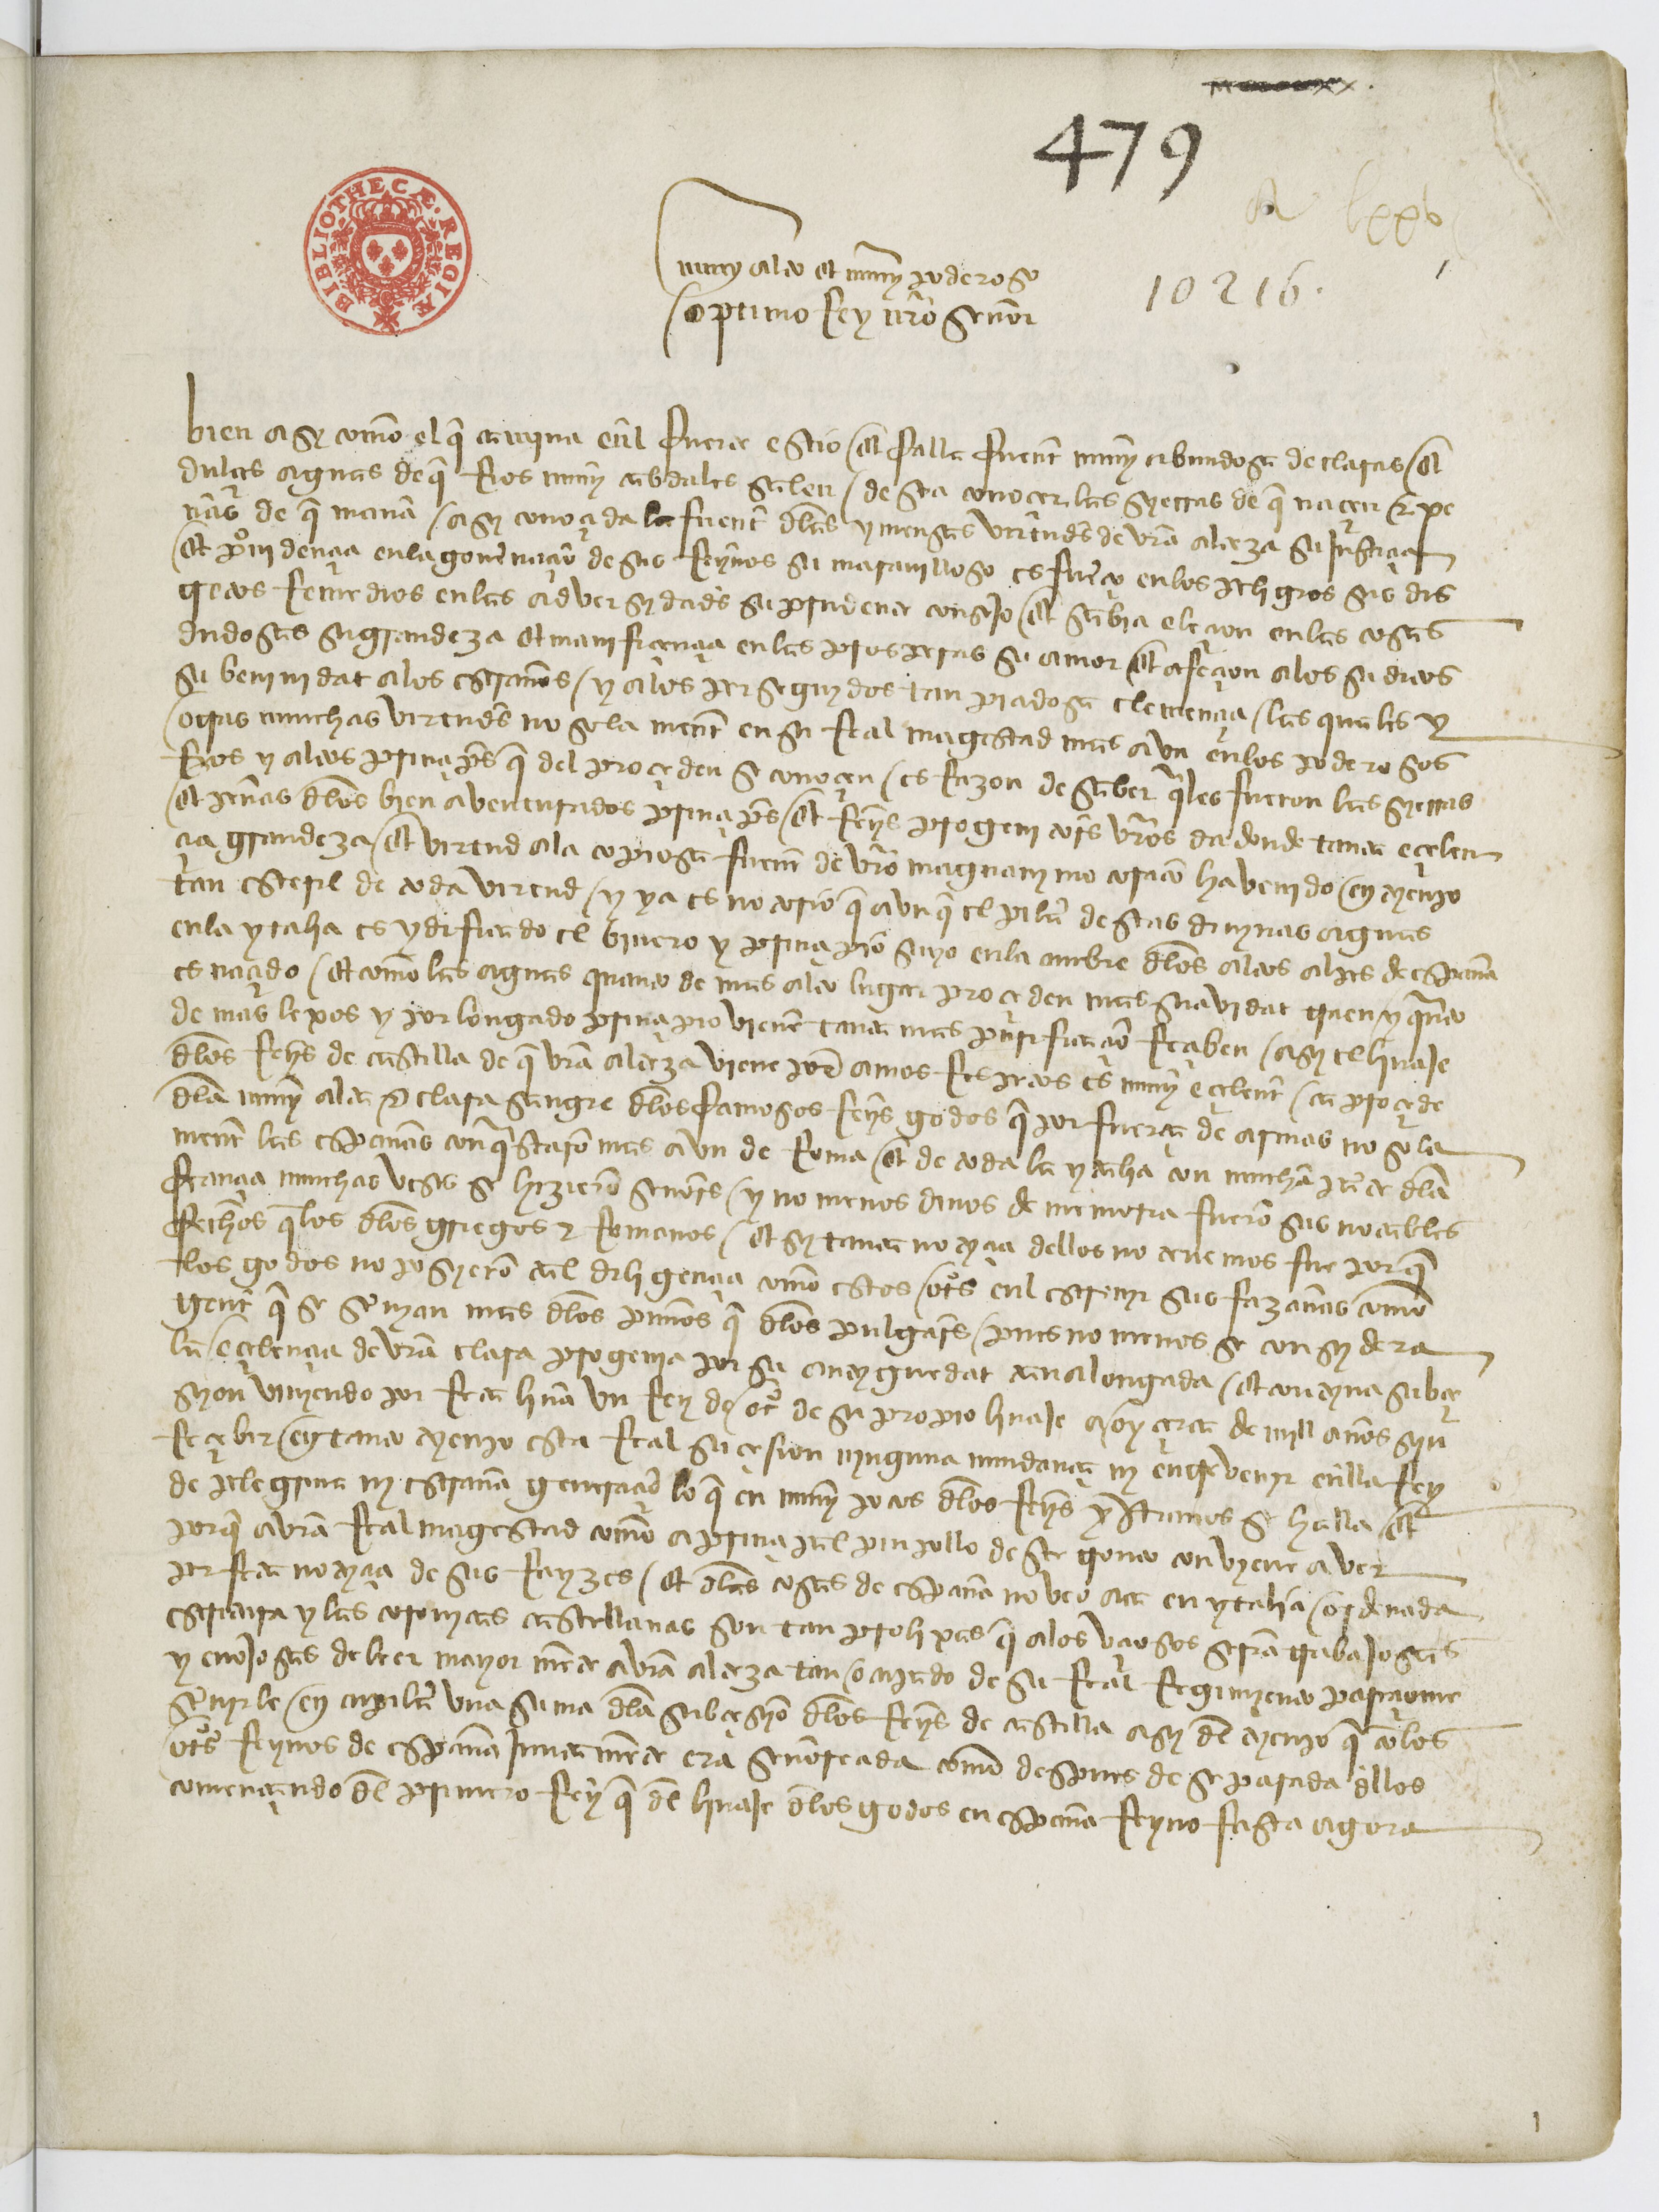
Shelfmark: Paris, BnF, esp. 110
Century: 15